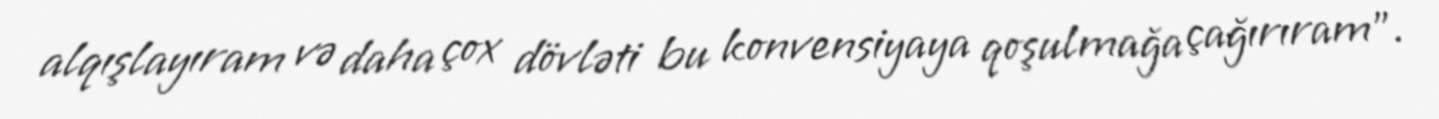
alqışlayıram və daha çox dövləti bu konvensiyaya qoşulmağa çağırıram”.